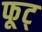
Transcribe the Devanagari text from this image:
फूट्